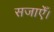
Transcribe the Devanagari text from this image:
सजाएँ।